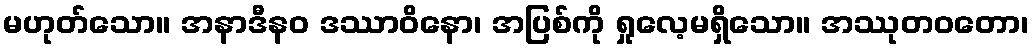
မဟုတ်သော။ အနာဒီနဝ ဒဿာဝိနော၊ အပြစ်ကို ရှုလေ့မရှိသော။ အဿုတဝတော၊